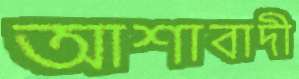
আশাবাদী